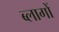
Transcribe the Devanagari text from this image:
ब्लागों